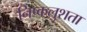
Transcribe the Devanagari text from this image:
निष्कलुशता